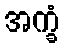
အက္ခံ